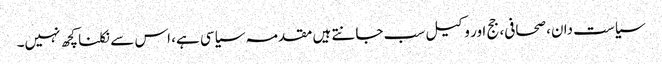
سیاست دان، صحافی، جج اور وکیل سب جانتے ہیں مقدمہ سیاسی ہے، اس سے نکلنا کچھ نہیں۔